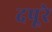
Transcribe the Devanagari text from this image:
दपूरे